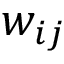
w _ { i j }